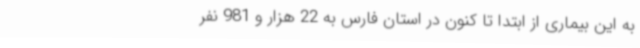
به این بیماری از ابتدا تا کنون در استان فارس به 22 هزار و 981 نفر